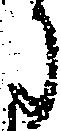
に